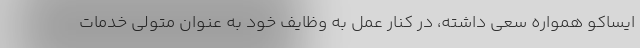
ایساکو همواره سعی داشته، در کنار عمل به وظایف خود به عنوان متولی خدمات